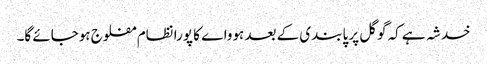
خدشہ ہے کہ گوگل پر پابندی کے بعد ہوواے کا پورا نظام مفلوج ہوجائے گا۔